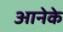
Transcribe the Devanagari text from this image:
आनेके